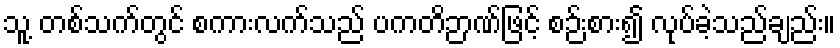
သူ့ တစ်သက်တွင် စကားလက်သည် ပကတိဉာဏ်ဖြင့် စဉ်းစား၍ လုပ်ခဲ့သည်ချည်း။